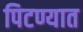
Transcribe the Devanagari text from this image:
पिटण्यात